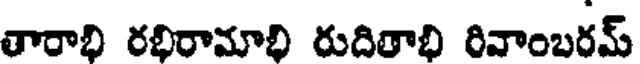
తారాభి రభిరామాభి రుదితాభి రివాంబరమ్